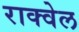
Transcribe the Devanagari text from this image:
राक्वेल